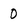
Character: 0